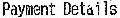
PAYMENT DETAILS